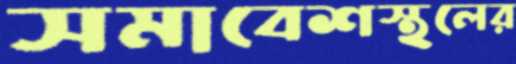
সমাবেশস্থলের